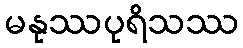
မနုဿပုရိသဿ